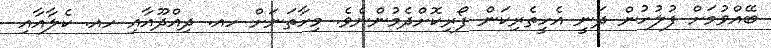
ބޭއްވުމަށް ފުލުހުން ދަނީ އެހީތެރިކަން ފޯރިކޮށްދެމުންނެވެ. މިހާތަނަށް ހއ. ދިއްދޫއާއި ހއ. ކެލާއާއި